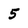
Character: 5